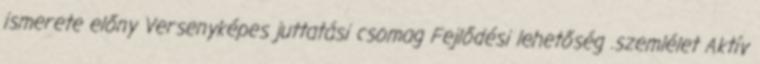
ismerete előny Versenyképes juttatási csomag Fejlődési lehetőség .szemlélet Aktív